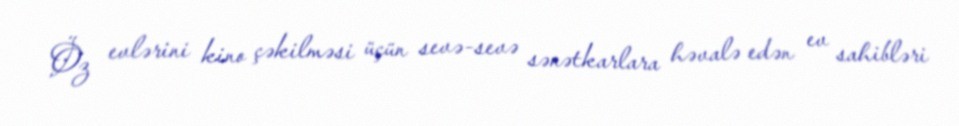
Öz evlərini kino çəkilməsi üçün sevə-sevə sənətkarlara həvalə edən ev sahibləri